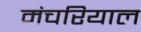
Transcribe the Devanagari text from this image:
मंचरियाल